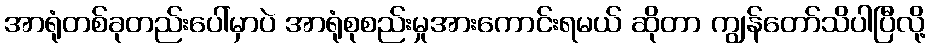
အာရုံတစ်ခုတည်းပေါ်မှာပဲ အာရုံစုစည်းမှုအားကောင်းရမယ် ဆိုတာ ကျွန်တော်သိပါပြီလို့